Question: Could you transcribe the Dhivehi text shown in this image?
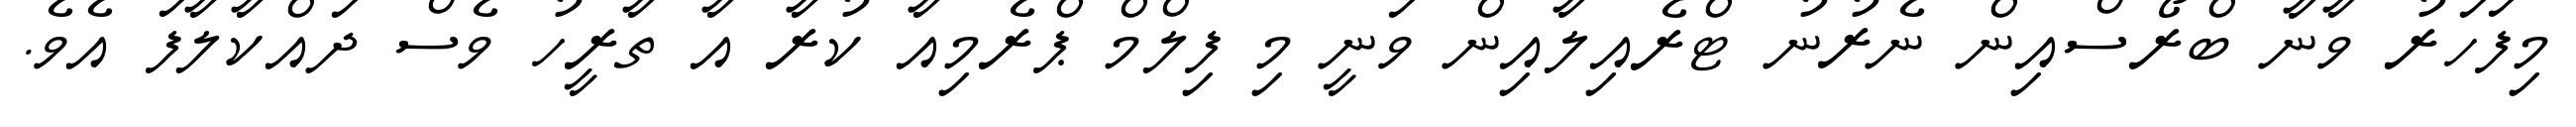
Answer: މިފަހަރު ވާނާ ބްރޯސްއިން ނެރުނު ޓްރެއިލާއިން ވަނީ މި ފިލްމް ޕްރެމިއާ ކުރާ އާ ތާރީހު ވެސް ދައްކާލާފަ އެވެ.